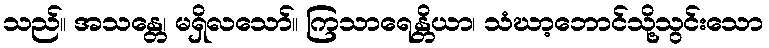
သည်။ အသန္တေ၊ မရှိလသော်။ ကြသာရေန္တိယာ၊ သံဃာ့ဘောင်သို့သွင်းသော